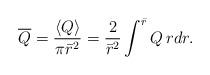
LaTeX: \begin{align*}\overline Q={\langle Q\rangle\over \pi \bar r^2}={2\over\bar r^2} \int^{\bar r} Q\, r dr . \end{align*}